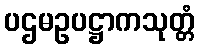
ပဌမဥပဋ္ဌာကသုတ္တံ